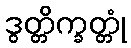
ဒွတ္တိက္ခတ္တုံ